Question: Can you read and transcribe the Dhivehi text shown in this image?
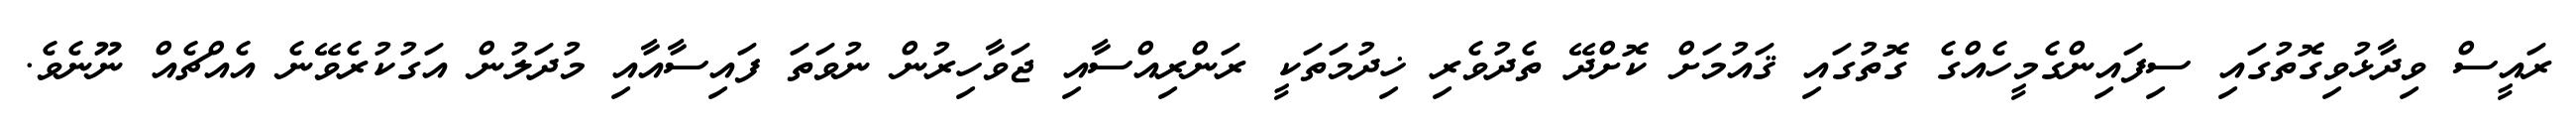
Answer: ރައީސް ވިދާޅުވިގޮތުގައި ސިފައިންގެމީހެއްގެ ގޮތުގައި ޤައުމަށް ކޮށްދޭ ތެދުވެރި ޚިދުމަތަކީ ރަންރިއްސާއި ޖަވާހިރުން ނުވަތަ ފައިސާއާއި މުދަލުން އަގުކުރެވޭނެ އެއްޗެއް ނޫނެވެ.